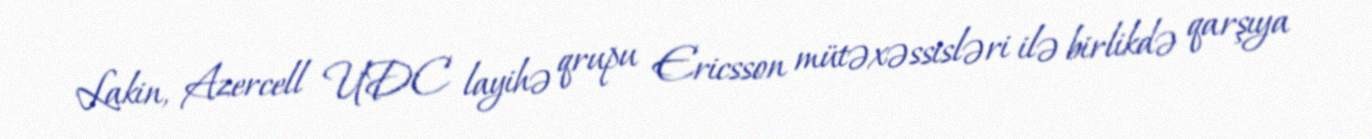
Lakin, Azercell UDC layihə qrupu Ericsson mütəxəssisləri ilə birlikdə qarşıya